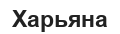
Харьяна